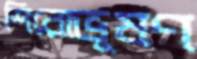
শিরোভূষণ